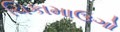
ચિકામાઉગો